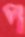
প